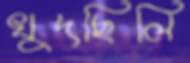
খুদছিলি